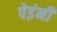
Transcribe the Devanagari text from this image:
पेइंनी